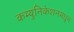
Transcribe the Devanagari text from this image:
कम्युनिकेशनमधून